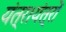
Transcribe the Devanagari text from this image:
यंत्र।यंत्रों